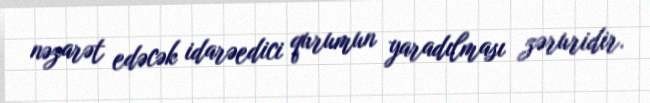
nəzarət edəcək idarəedici qurumun yaradılması zəruridir.